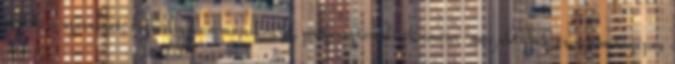
oszlik a szervezet; vizuális kommunikáció, professzionális kamera-megoldások és számítógépes